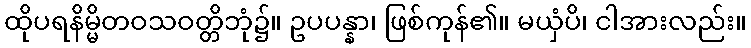
ထိုပရနိမ္မိတဝသဝတ္တိဘုံ၌။ ဥပပန္နာ၊ ဖြစ်ကုန်၏။ မယှံပိ၊ ငါအားလည်း။